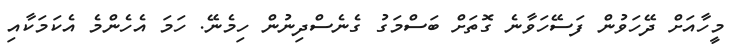
މީހާއަށް ދޭހަވުން ފަސޭހަވާނެ ގޮތަށް ބަސްމަގު ގެނެސްދިނުން ހިމެނޭ. ހަމަ އެހެންމެ އެކަމަކާއި